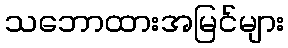
သဘောထားအမြင်များ